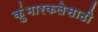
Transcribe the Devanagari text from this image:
कुंभारकलेसाठी